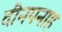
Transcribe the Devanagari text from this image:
दीनपनाह